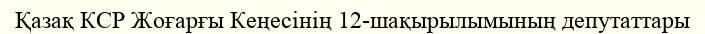
Қазақ КСР Жоғарғы Кеңесінің 12-шақырылымының депутаттары